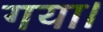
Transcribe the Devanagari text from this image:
गया।